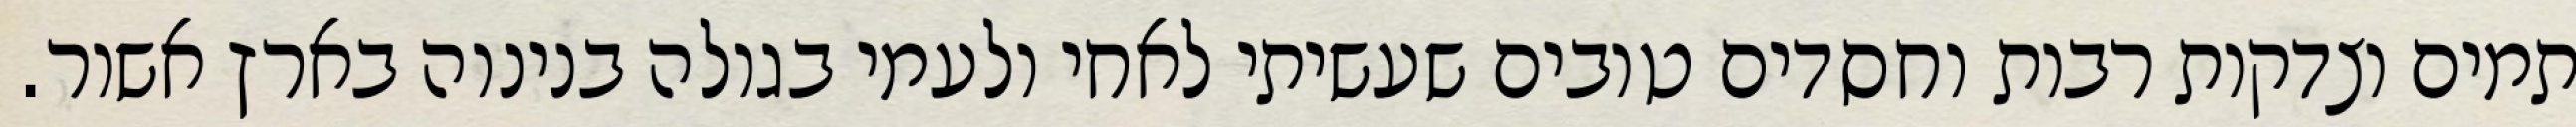
תמים וצדקות רבות וחסדים טובים שעשיתי לאחי ולעמי בגולה בנינוה בארץ אשור.